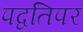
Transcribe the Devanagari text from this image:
पद्वतिपर